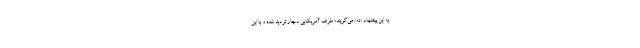
به این پیشنهاد «نه» می‌گویند؛ طرف آمریکایی دچار تردید شده و با این